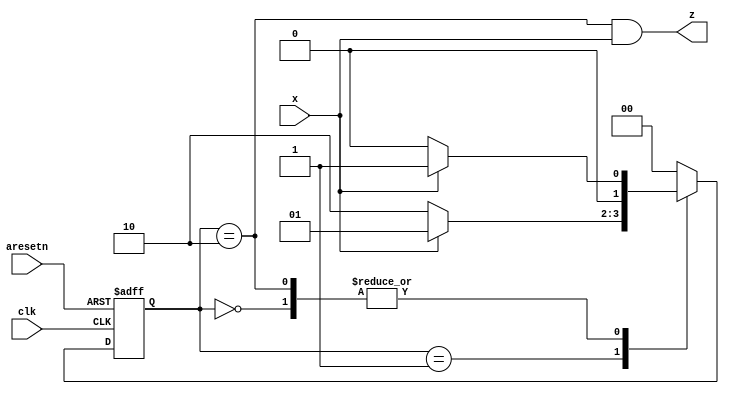
module top_module (
    input clk,
    input aresetn,    // Asynchronous active-low reset
    input x,
    output z ); 
    parameter s0=0, s1=1, s2=2;
    reg [1:0] state, next_state;
    always @ (posedge clk or negedge aresetn)
        begin
            if(!aresetn)
                state <= s0;
            else
                state <= next_state;
        end
    always @ (*) begin
        case(state)
            s0: next_state = x? s1:s0;
            s1: next_state = x? s1:s2;
            s2: next_state = x? s1:s0;
            default: next_state = s0;
        endcase
    end
    
    assign z = (state == s2) & x;

endmodule